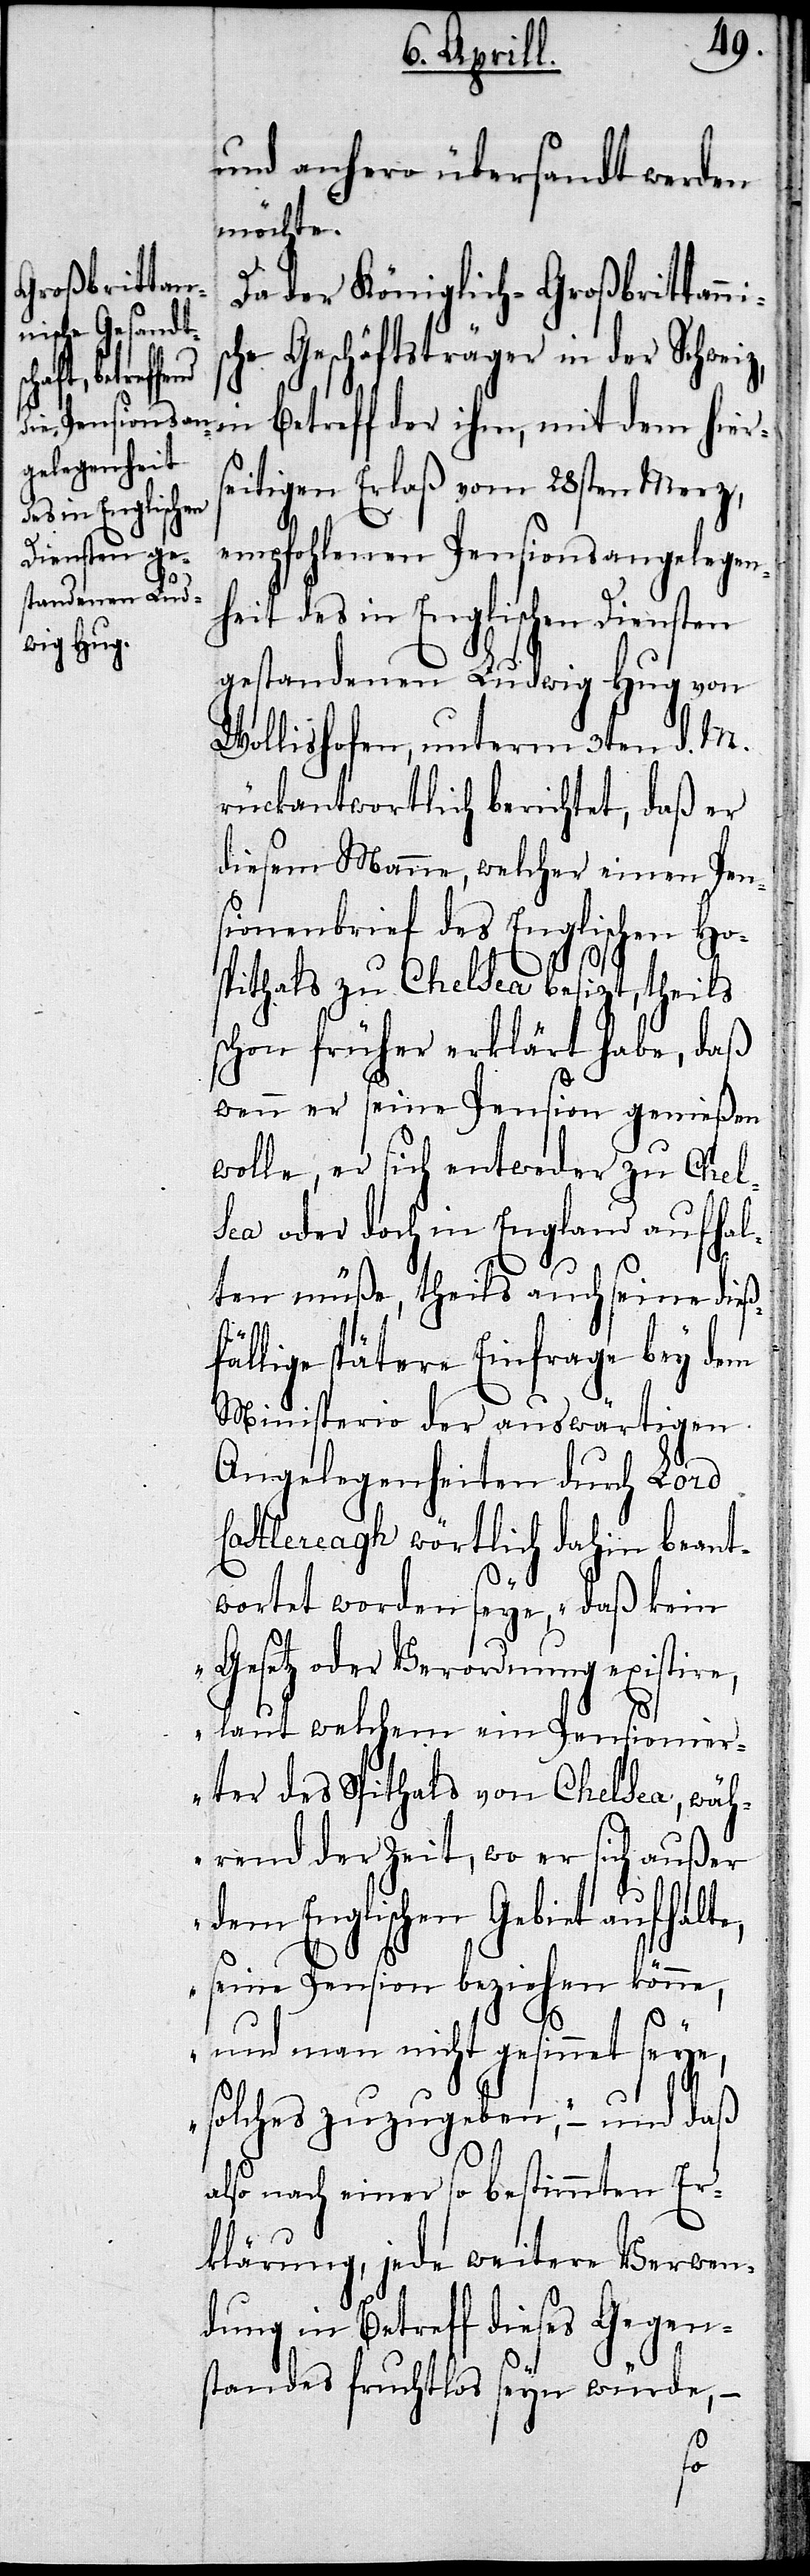
und anhero übersandt werden
möchte.
Da der Königlich-Großbrittann¬
che Geschäftsträger in der Schwei¬
aufhalte,
z, in Betreff der ihm, mit dem hier¬
seitigen Erlaß vom 29sten Merz,
dem Englischen
empfohlenen Pensionsangelegen¬
heit des in Englischen Diensten
gestandenen Ludwig Hug von
Wollishofen, unterm 3ten d. M.
rückantwortlich berichtet, daß er
diesem Manne, welcher einen Pen¬
sionenbrief des Englischen Hos¬
pithals zu Chelsea besizt, theils
schon früher erklärt habe, daß
wenn er seine Pension genießen
wolle, er sich entweder zu Chel¬
sea oder doch in England aufhal¬
ten müße, theils auch seine dieß¬
fällige spätere Einfrage bey dem
Ministerio der auswärtigen
Angelegenheiten durch Lord
Castlereagh wörtlich dahin beant¬
wortet worden seye, „daß kein
Gesetz oder Verordnung existire,
laut welchem ein Pensionier¬
ter des Spithals von Chelsea, wäh¬
rend der Zeit, wo er sich außer
seine Pension beziehen könne,
und man nicht gesinnet seye,
solches zuzugeben,“– und daß
also nach einer so bestimmten Er¬
klärung, jede weitere Verwen¬
dung in Betreff dieses Gegen¬
standes fruchtlos seyn würde,–
is¬